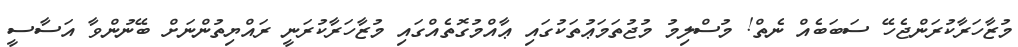
މުޒާހަރާކުރަންޖެހޭ ސަބަބެއް ނެތް! މުސްލިމު މުޖުތަމަޢުތަކުގައި ޢާއްމުގޮތެއްގައި މުޒާހަރާކުރަނީ ރައްޔިތުންނަށް ބޭނުންވާ އަސާސީ